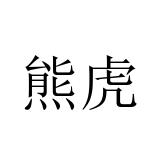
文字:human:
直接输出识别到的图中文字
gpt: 熊虎